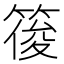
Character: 䈗